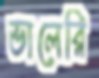
ভালেরি